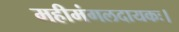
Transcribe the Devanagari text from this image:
महीमंगलदायकः।